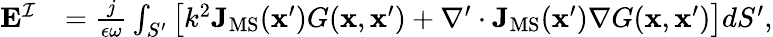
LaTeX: \begin{array}{rl}{\mathbf{E}^{\mathcal{I}}}&{=\frac{j}{\epsilon\omega}\int_{S^{\prime}}\big[k^{2}\mathbf{J}_{\mathrm{MS}}(\mathbf{x}^{\prime})G(\mathbf{x},\mathbf{x}^{\prime})+\nabla^{\prime}\cdot\mathbf{J}_{\mathrm{MS}}(\mathbf{x}^{\prime})\nabla G(\mathbf{x},\mathbf{x}^{\prime})\big]dS^{\prime},}\end{array}